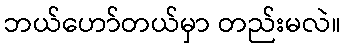
ဘယ်ဟော်တယ်မှာ တည်းမလဲ။